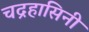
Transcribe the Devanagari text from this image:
चद्रहासिनी